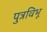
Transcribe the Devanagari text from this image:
पुत्रविभू